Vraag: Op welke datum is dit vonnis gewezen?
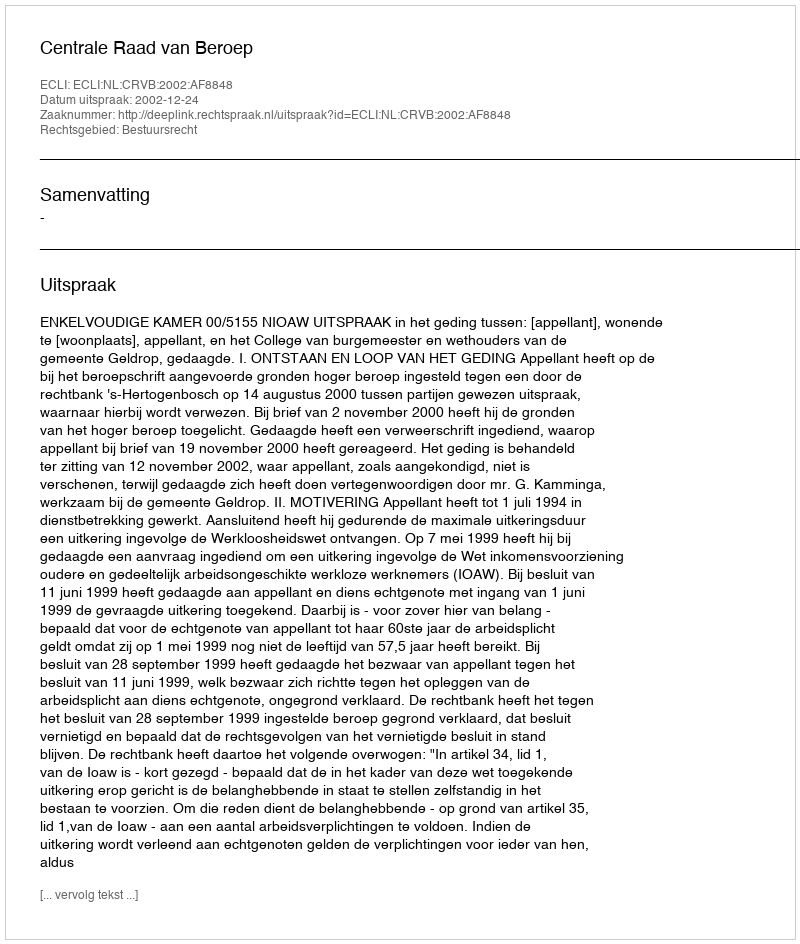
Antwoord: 2002-12-24